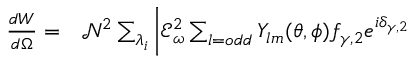
\begin{array} { r l } { \frac { d W } { d \Omega } = } & { { } \mathcal { N } ^ { 2 } \sum _ { \lambda _ { i } } \bigg | \mathcal { E } _ { \omega } ^ { 2 } \sum _ { l = o d d } Y _ { l m } ( \theta , \phi ) f _ { \gamma , 2 } e ^ { i \delta _ { \gamma , 2 } } } \end{array}